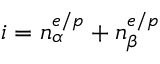
i = n _ { \alpha } ^ { e / p } + n _ { \beta } ^ { e / p }